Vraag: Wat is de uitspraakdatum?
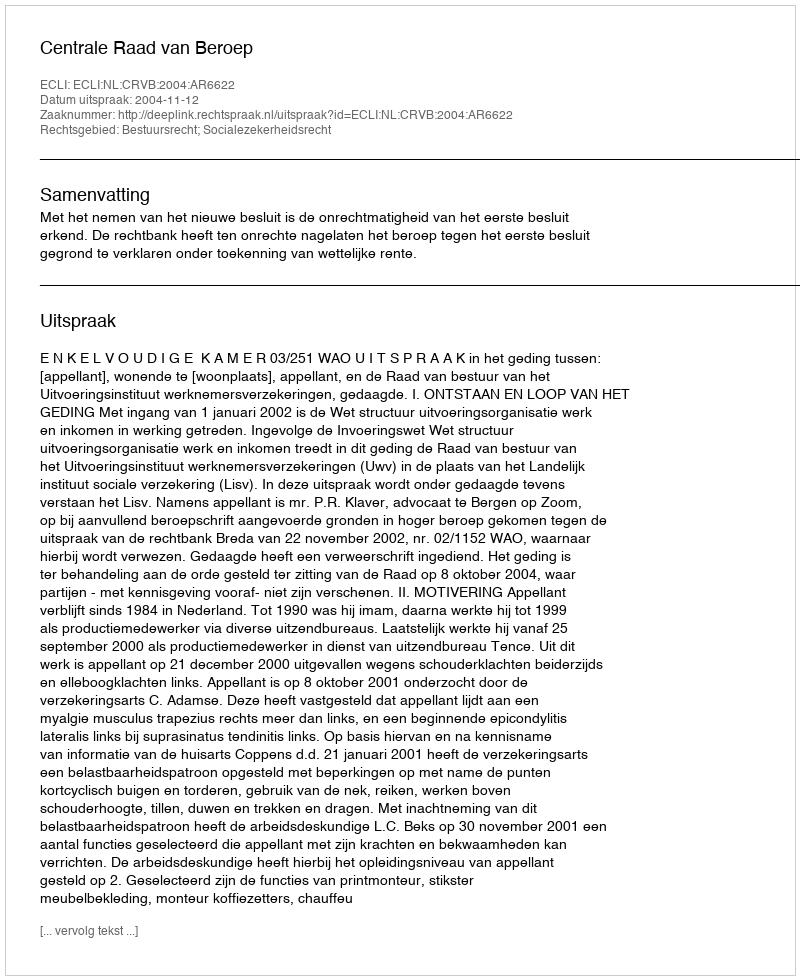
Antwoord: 2004-11-12